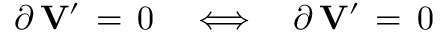
\partial \, { \bf V } ^ { \prime } \, = \, 0 \quad \Longleftrightarrow \quad \partial \, { \bf V } ^ { \prime } \, = \, 0